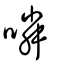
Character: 噒